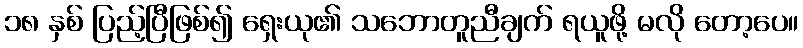
၁၈ နှစ် ပြည့်ပြီဖြစ်၍ ရှေးယု၏ သဘောတူညီချက် ရယူဖို့ မလို တော့ပေ။